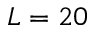
L = 2 0